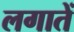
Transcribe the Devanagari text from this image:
लगातें